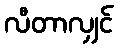
လီတာလျှင်